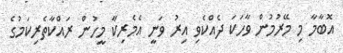
އޮބާމާ މި މޭރުމުން ވާހަކަ ދެއްކެވި އިރު ވަނީ އެމެރިކާ މީހުން ރައްކާތެރިކަމުގެ